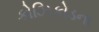
કોઝિકોડના